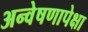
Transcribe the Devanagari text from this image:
अन्वेषणापेक्षा